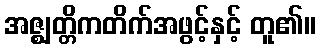
အဇ္ဈတ္တိကတိက်အဖွင့်နှင့် တူ၏။